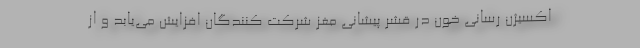
اکسیژن رسانی خون در قشر پیشانی مغز شرکت کنندگان افزایش می‌یابد و از